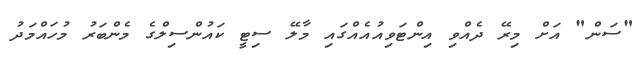
"ސަން" އަށް މިރޭ ދެއްވި އިންޓަވިއުއެއްގައި މާލޭ ސިޓީ ކައުންސިލްގެ މެންބަރު މުހައްމަދު